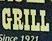
grill